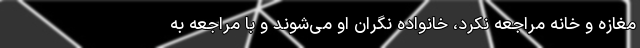
مغازه و خانه مراجعه نکرد، خانواده نگران او می‌شوند و با مراجعه به